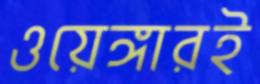
ওয়েঙ্গারই